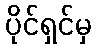
ပိုင်ရှင်မှ